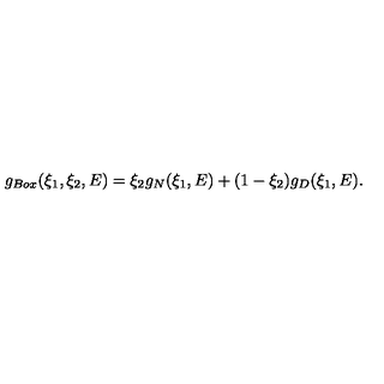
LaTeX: g _ { B o x } ( \xi _ { 1 } , \xi _ { 2 } , E ) = \xi _ { 2 } g _ { N } ( \xi _ { 1 } , E ) + ( 1 - \xi _ { 2 } ) g _ { D } ( \xi _ { 1 } , E ) .